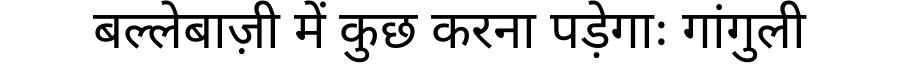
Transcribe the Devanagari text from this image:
बल्लेबाज़ी में कुछ करना पड़ेगाः गांगुली